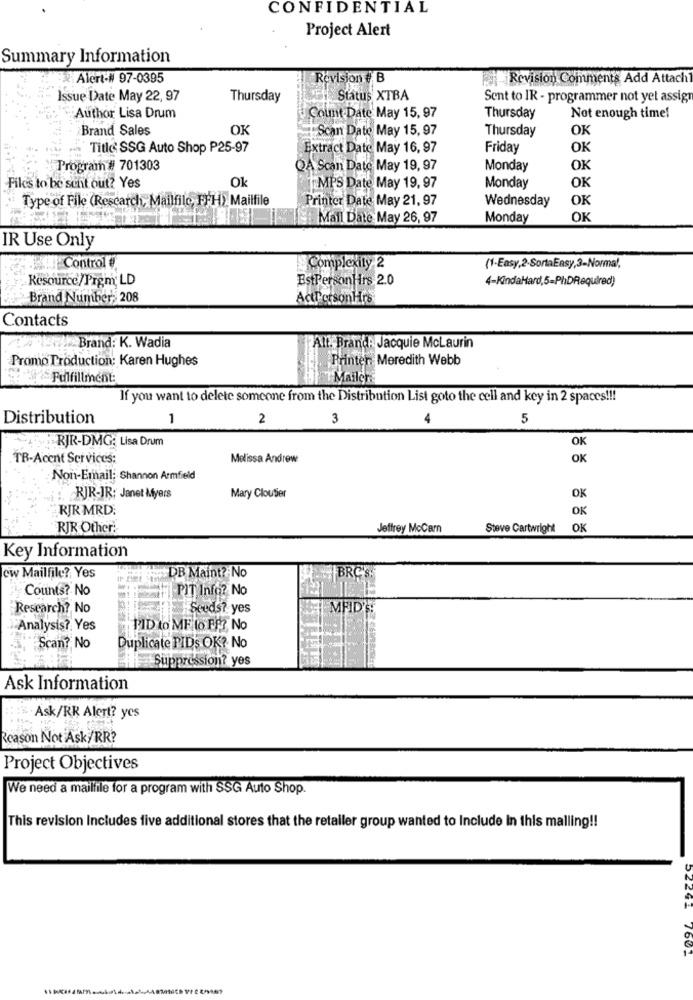
CONFIDENTIAL
Project Alert
Summary Information
Alert-# 97-0395
Revision # B
Revision Comments Add Attach1
Issue Date May 22, 97
Thursday
Status XTBA
Sent to IR - programmer not yet assign
Author Lisa Drum
Count Date May 15, 97
Thursday
Not enough time!
Brand Sales
OK
Scan Date May 15, 97
Thursday
OK
Title: SSG Auto Shop P25-97
Extract Date May 16, 97
Friday
OK
Program # 701303
QA Scan Dato May 19, 97
Monday
OK
Ok
OK
Files to be sent out? Yes
MPS Date May 19, 97
Monday
Type of File (Rescarch, Mailfilo, FFH) Mailfile
Printer Date May 21, 97
Wednesday
OK
Mall Date May 26, 97
Monday
OK
IR Use Only
Control
Complexity 2
(1-Easy,2-SortaEasy,3-Normal,
Resource/Prem; LD
BstPersonHrs 2.0
4-KindaHard,5-PhDRequired)
Brand Number, 208
Actl'orsonHrs
Contacts
Brand: K. Wadia
Alt. Brand: Jacquie McLaurin
Promo Production: Karen Hughes
Printer Meredith Webb
catFulfillment:
Mailer
If you want to delete someone from the Distribution List goto the cell and key in 2 spaces !!!
Distribution
1
2
3
5
RJR-DMG: Lisa Drum
TB-Acent Services:
Melissa Andrew
Non-Email: Shannon Armfield
: RJR-IR: Janet Myers
Mary Cloutier
OK
RJR MRD
OK
RJR Other.
Jeffrey McCarn
Steve Cartwright
OK
Key Information
cw Mailfile? Yes
+DB Maint? No
BRC'S
Counts? No
PIT Info? No
Research? No
Seeds? yes
MFID':
Analysis? Yes
PID to ME to FF? No
Scan? No
Duplicate PIDS OK? No
Suppression? yes
Ask Information
Ask/RR Alert? yes
Reason Not Ask/RR?
Project Objectives
We need a mailfile for a program with SSG Auto Shop.
This revision Includes five additional stores that the retailer group wanted to Include In this malling !!